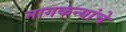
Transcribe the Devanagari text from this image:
नागकन्यांचे